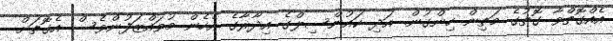
އެއްގޮތްވާ ގޮތުގެ މަތިން ހިންގުން. އަދި ކައުންސިލްގެ އިދާރާގެ އެހެން މުވައްޒަފުންވެސް އެގޮތަށް